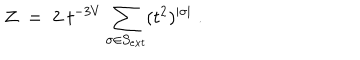
Z \; = \; 2 \; t ^ { - 3 V } \sum _ { \sigma \in { \cal S } _ { e x t } } ( t ^ { 2 } ) ^ { | \sigma | } \; .